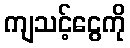
ကျသင့်ငွေကို